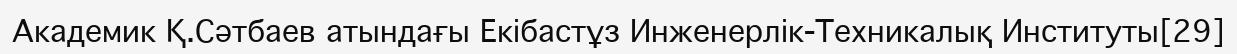
Академик Қ.Сәтбаев атындағы Екібастұз Инженерлік-Техникалық Институты[29]